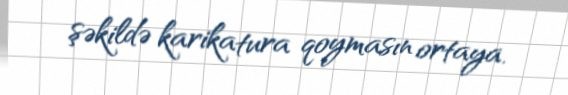
şəkildə karikatura qoymasın ortaya.